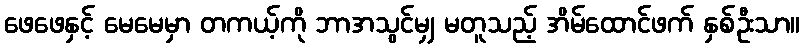
ဖေဖေနှင့် မေမေမှာ တကယ့်ကို ဘာအသွင်မျှ မတူသည့် အိမ်ထောင်ဖက် နှစ်ဦးသာ။